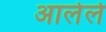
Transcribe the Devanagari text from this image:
अालेले